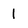
Character: 1